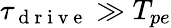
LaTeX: \tau_{\mathrm{~d~r~i~v~e~}}\gg T_{pe}